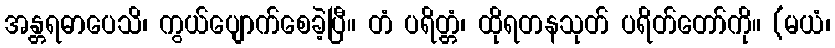
အန္တရဓာပေသိ၊ ကွယ်ပျောက်စေခဲ့ပြီ။ တံ ပရိတ္တံ၊ ထိုရတနသုတ် ပရိတ်တော်ကို။ (မယံ၊